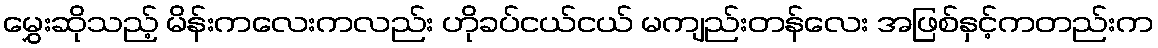
မွှေးဆိုသည့် မိန်းကလေးကလည်း ဟိုခပ်ငယ်ငယ် မကျည်းတန်လေး အဖြစ်နှင့်ကတည်းက